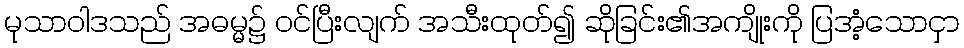
မုသာဝါဒသည် အဓမ္မ၌ ဝင်ပြီးလျက် အသီးထုတ်၍ ဆိုခြင်း၏အကျိုးကို ပြအံ့သောငှာ